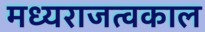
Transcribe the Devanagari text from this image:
मध्यराजत्वकाल